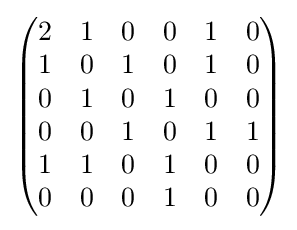
{\begin{pmatrix}2&1&0&0&1&0\\1&0&1&0&1&0\\0&1&0&1&0&0\\0&0&1&0&1&1\\1&1&0&1&0&0\\0&0&0&1&0&0\end{pmatrix}}